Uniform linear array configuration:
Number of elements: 48
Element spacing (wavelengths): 0.5
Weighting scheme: blackman
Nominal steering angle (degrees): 15
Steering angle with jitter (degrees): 14.299
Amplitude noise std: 0.05
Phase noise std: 0.05

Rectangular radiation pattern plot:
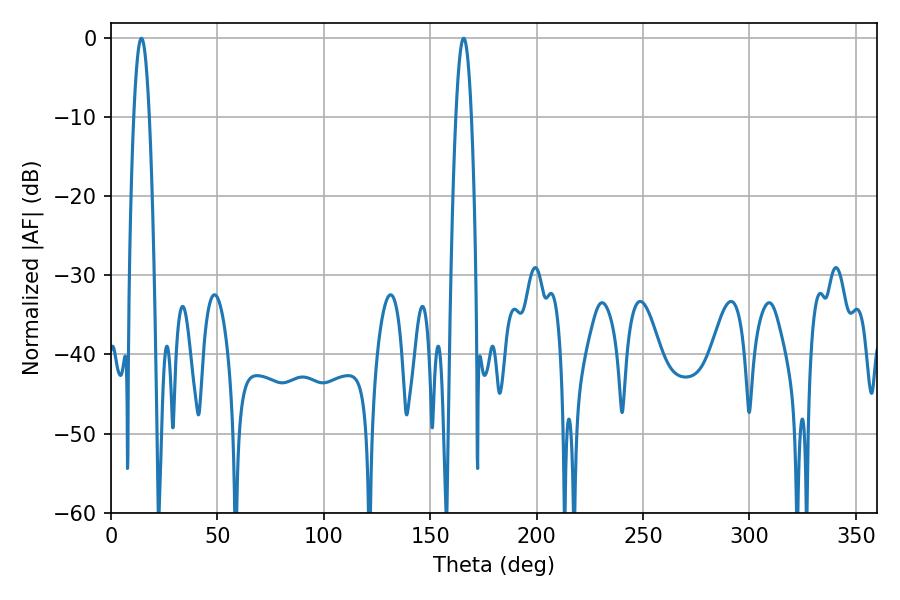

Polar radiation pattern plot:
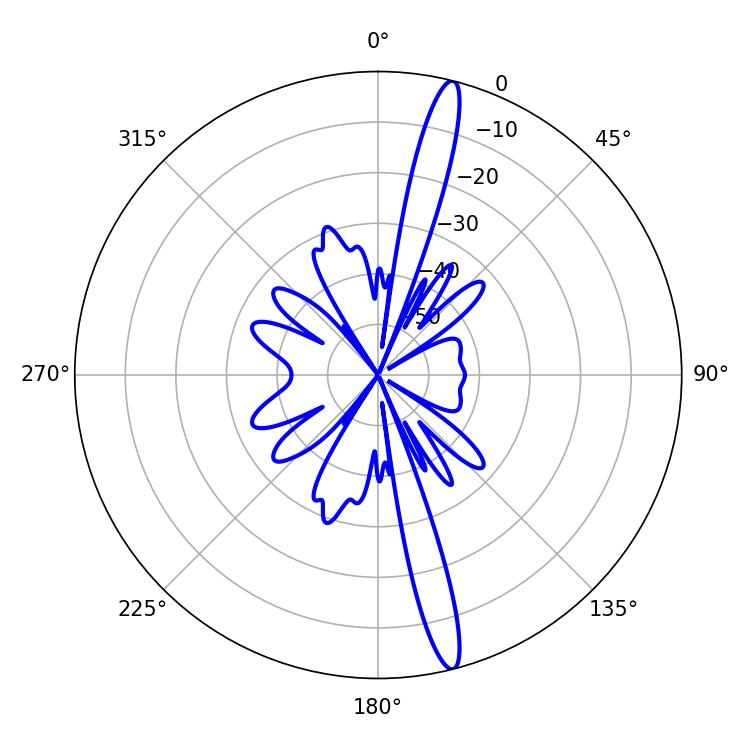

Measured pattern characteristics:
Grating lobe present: FALSE
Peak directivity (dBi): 17.298
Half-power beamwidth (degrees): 3.96
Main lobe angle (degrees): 14.22